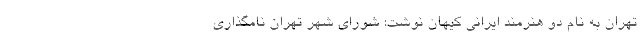
تهران به نام دو هنرمند ایرانی کیهان نوشت: شورای شهر تهران نامگذاری